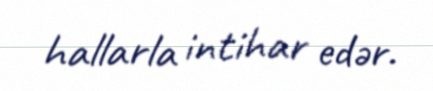
hallarla intihar edər.